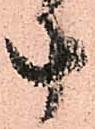
十